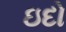
ઇદો